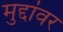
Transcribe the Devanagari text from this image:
मुद्दांवर